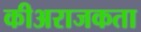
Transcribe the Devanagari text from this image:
कीअराजकता